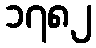
၁၇၈၂